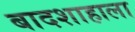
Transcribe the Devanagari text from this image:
बादशाहाला